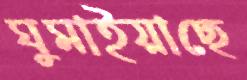
ঘুমাইয়াছে